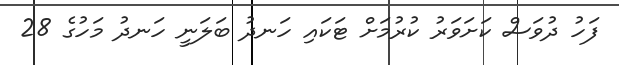
ފަހު ދުވަސް ކަށަވަރު ކުރުމަށް ޓަކައި ހަނދު ބަލަނީ ހަނދު މަހުގެ 28